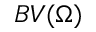
B V ( \Omega )